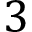
3